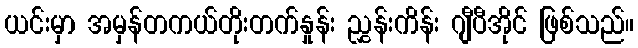
ယင်းမှာ အမှန်တကယ်တိုးတက်နှုန်း ညွှန်းကိန်း ဂျီပီအိုင် ဖြစ်သည်။